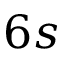
6 s